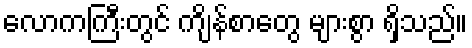
လောကကြီးတွင် ကျိန်စာတွေ များစွာ ရှိသည်။